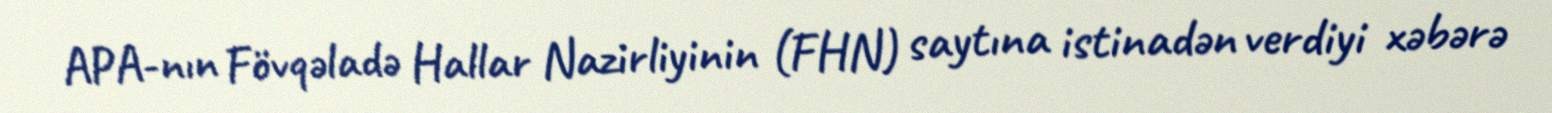
APA-nın Fövqəladə Hallar Nazirliyinin (FHN) saytına istinadən verdiyi xəbərə